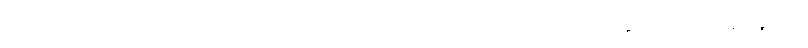
ဓမ္မဂုတ်။ ။ ကိုယ်တော်က ရေမကူးတတ်ဘူးလား၊ ကိုယ်တော်တို့ရွာမှာ ဆင်းပြီး ရေချိုးနိုင်တဲ့